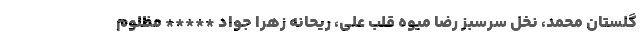
گلستان محمد، نخل سرسبز رضا میوه قلب علی، ریحانه زهرا جواد ***** مظلوم